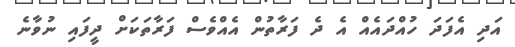
އަދި އެފަދަ ހުއްދައެއް އެ ދެ ފަރާތުން އެއްވެސް ފަރާތަކަށް ދީފައި ނުވާނެ